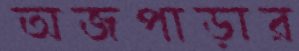
অজপাড়ার